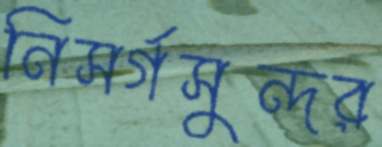
নিসর্গসুন্দর